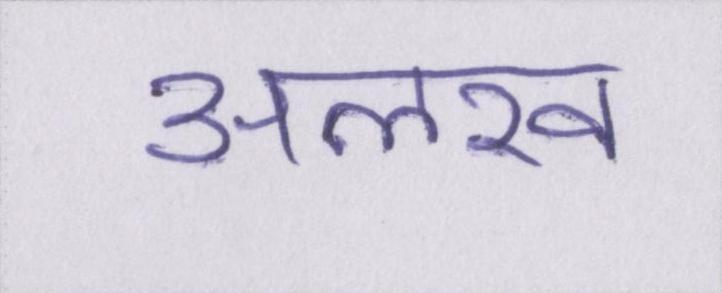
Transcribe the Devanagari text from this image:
अलख